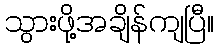
သွားဖို့အချိန်ကျပြီ။